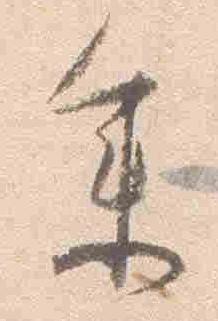
参